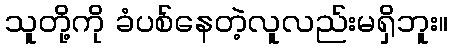
သူတို့ကို ခံပစ်နေတဲ့လူလည်းမရှိဘူး။